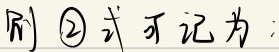
则 \textcircled{2} 式可记为：